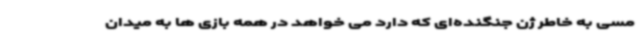
مسی به خاطر ژن جنگنده‌ای که دارد می خواهد در همه بازی ها به میدان